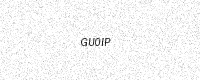
Text: GU0IP